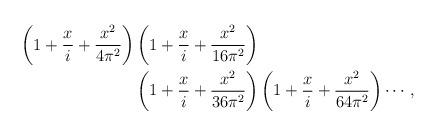
LaTeX: \begin{align*}\begin{aligned}\left(1+\frac{x}{i}+\frac{x^2}{4\pi^2}\right)&\left(1+\frac{x}{i}+\frac{x^2}{16\pi^2}\right)\\&\left(1+\frac{x}{i}+\frac{x^2}{36\pi^2}\right)\left(1+\frac{x}{i}+\frac{x^2}{64\pi^2}\right)\cdots,\end{aligned}\end{align*}